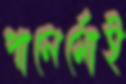
পালের্মোই